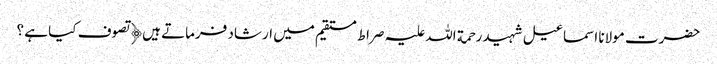
حضرت مولانا اسماعیل شہید رحمة اللہ علیہ صراط مستقیم میں ارشاد فرماتے ہیں﴿ تصوف کیا ہے ؟